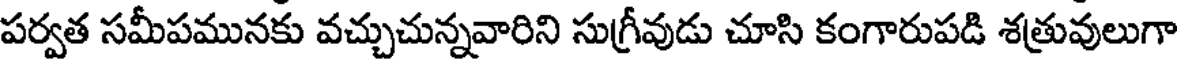
పర్వత సమీపమునకు వచ్చుచున్నవారిని సుగ్రీవుడు చూసి కంగారుపడి శత్రువులుగా